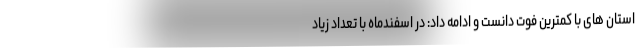
استان های با کمترین فوت دانست و ادامه داد: در اسفندماه با تعداد زیاد